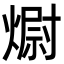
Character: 𭵻